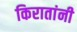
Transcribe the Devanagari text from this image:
किरातांनी